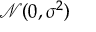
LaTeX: { \mathcal { N } } ( 0 , \sigma ^ { 2 } )